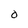
Character: O